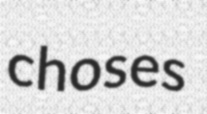
choses